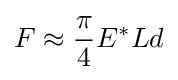
F\approx {\frac {\pi }{4}}E^{*}Ld